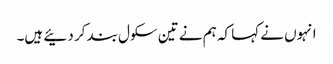
انہوں نے کہا کہ ہم نے تین سکول بند کر دئیے ہیں۔